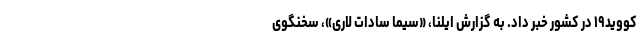
کووید۱۹ در کشور خبر داد. به گزارش ایلنا، «سیما سادات لاری»، سخنگوی